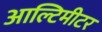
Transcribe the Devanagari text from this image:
आल्टिमीटर